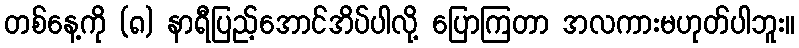
တစ်နေ့ကို (၈) နာရီပြည့်အောင်အိပ်ပါလို့ ပြောကြတာ အလကားမဟုတ်ပါဘူး။